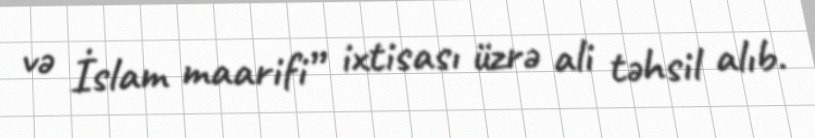
və İslam maarifi” ixtisası üzrə ali təhsil alıb.